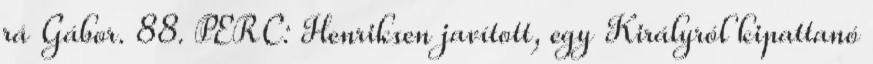
rá Gábor. 88. PERC: Henriksen javított, egy Királyról kipattanó